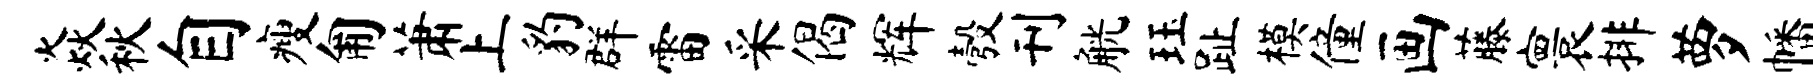
焱秋自瘦匍萧上豹群雷采偈辉彀刊觥珏趾模僮画藤寰排萝幡